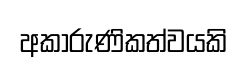
අකාරුණිකත්වයකි